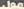
مول